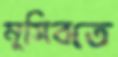
মুসিবতে